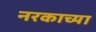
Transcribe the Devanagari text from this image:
नरकाच्या